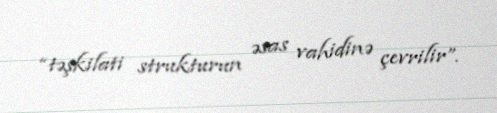
“təşkilati strukturun əsas vahidinə çevrilir”.